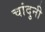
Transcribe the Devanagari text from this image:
चांदुनी